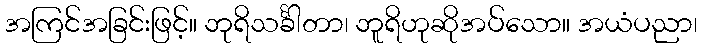
အကြင်အခြင်းဖြင့်။ ဘုရိသင်္ခါတာ၊ ဘူရိဟုဆိုအပ်သော။ အယံပညာ၊